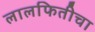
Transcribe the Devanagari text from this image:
लालफितीचा